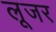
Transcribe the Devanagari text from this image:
लूजर